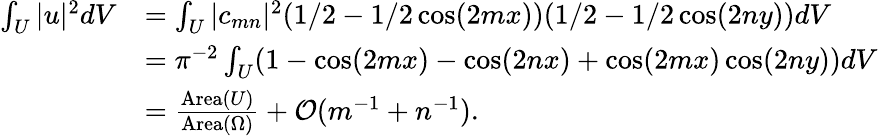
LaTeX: \begin{array}{rl}{\int_{U}|u|^{2}dV}&{=\int_{U}|c_{mn}|^{2}(1/2-1/2\cos(2mx))(1/2-1/2\cos(2ny))dV}\\ &{=\pi^{-2}\int_{U}(1-\cos(2mx)-\cos(2nx)+\cos(2mx)\cos(2ny))dV}\\ &{=\frac{\mathrm{Area}(U)}{\mathrm{Area}(\Omega)}+{\mathcal O}(m^{-1}+n^{-1}).}\end{array}